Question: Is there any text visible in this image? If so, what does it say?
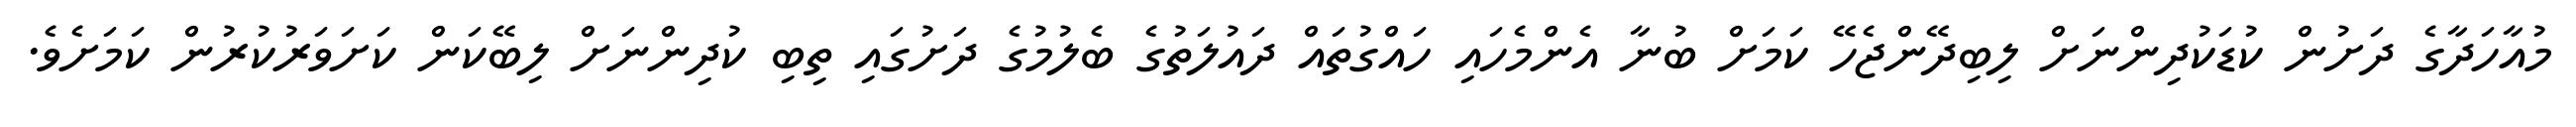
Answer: މުއާހަދާގެ ދަށުން ކުޑަކުދިންނަށް ލިބިދޭންޖެހޭ ކަމަށް ބުނާ އެންމެހައި ހައްގުތައް ދައުލަތުގެ ބެލުމުގެ ދަށުގައި ތިބި ކުދިންނަށް ލިބޭކަން ކަށަވަރުކުރުން ކަމަށެވެ.